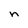
Character: n